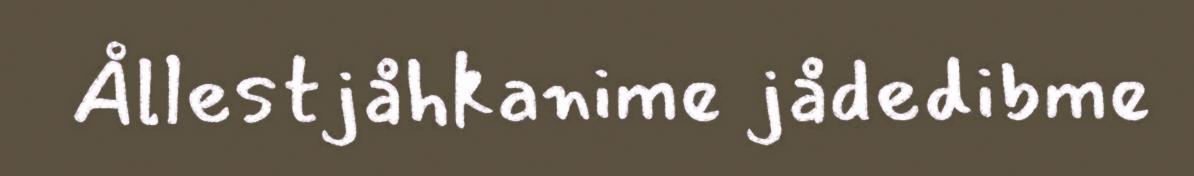
Ållestjåhkanime jådedibme